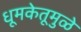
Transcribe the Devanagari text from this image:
धूमकेतूमुळे